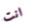
انت